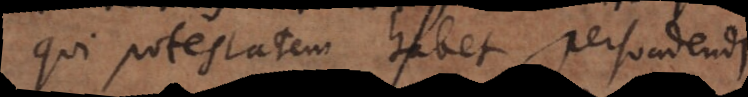
qui potestatem habet persuadend